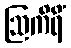
ဩကိရိံ